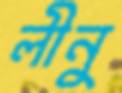
লীনু